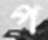
প